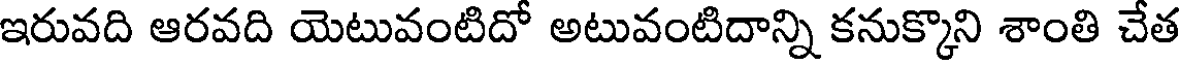
ఇరువది ఆరవది యెటువంటిదో అటువంటిదాన్ని కనుక్కొని శాంతి చేత